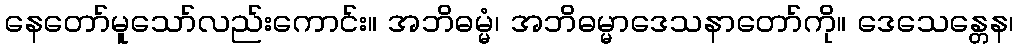
နေတော်မူသော်လည်းကောင်း။ အဘိဓမ္မံ၊ အဘိဓမ္မာဒေသနာတော်ကို။ ဒေသေန္တေန၊